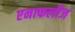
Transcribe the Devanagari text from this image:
एनाफलीज